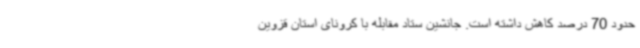
حدود 70 درصد کاهش داشته است. جانشین ستاد مقابله با کرونای استان قزوین